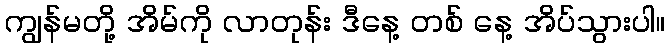
ကျွန်မတို့ အိမ်ကို လာတုန်း ဒီနေ့ တစ် နေ့ အိပ်သွားပါ။